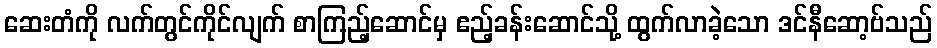
ဆေးတံကို လက်တွင်ကိုင်လျက် စာကြည့်ဆောင်မှ ဧည့်ခန်းဆောင်သို့ ထွက်လာခဲ့သော ဒင်နီဆော့ဗ်သည်